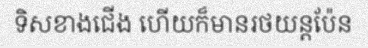
ទិសខាងជើង ហើយក៏មានរថយន្តប៉ែន